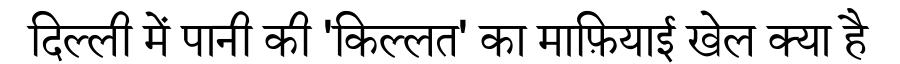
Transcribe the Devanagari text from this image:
दिल्ली में पानी की 'किल्लत' का माफ़ियाई खेल क्या है